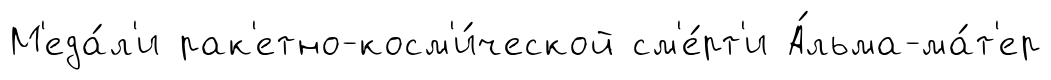
М'еда́л'и рак'етно-косм'и́ческой см'е́рт'и А́льма-ма́т'ер